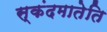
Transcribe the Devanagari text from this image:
स्कंदमातेति